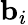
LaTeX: {\mathbf b}_{i}